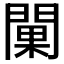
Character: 𨵚